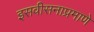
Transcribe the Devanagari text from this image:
इसवीसनाप्रमाणे